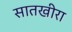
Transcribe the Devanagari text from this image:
सातखीरा